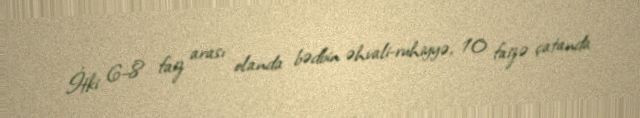
İtki 6–8 faiz arası olanda bədbin əhvali-ruhiyyə, 10 faizə çatanda